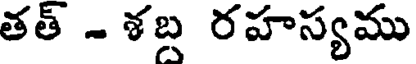
తత్ - శబ రహస్యము